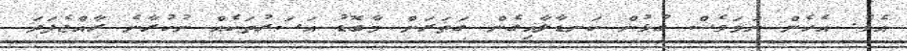
އެވެ. އެހެން ނަމަވެސް ގުޅުން ކަނޑާލާއިގެން ގަތަރަށް މާބޮޑު އަސަރުތަކެއް ނުކުރާނެ ރާއްޖެފަދަ